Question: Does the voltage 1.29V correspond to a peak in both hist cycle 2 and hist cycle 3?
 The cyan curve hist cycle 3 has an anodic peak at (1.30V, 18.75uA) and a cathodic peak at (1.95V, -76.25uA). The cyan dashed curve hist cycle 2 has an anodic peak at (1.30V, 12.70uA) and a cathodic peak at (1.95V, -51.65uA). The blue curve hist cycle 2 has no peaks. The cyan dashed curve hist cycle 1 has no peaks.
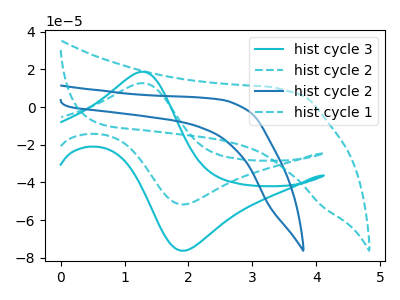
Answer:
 <answer>Yes, "hist cycle 2" and "hist cycle 3" share a peak at 1.29V.</answer>
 <eval>match</eval>